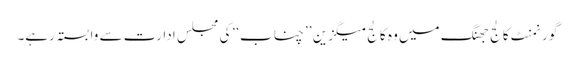
گورنمنٹ کالج جھنگ میں وہ کالج میگزین ’’ چناب‘‘ کی مجلس ادارت سے وابستہ رہے۔